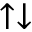
\uparrow \downarrow